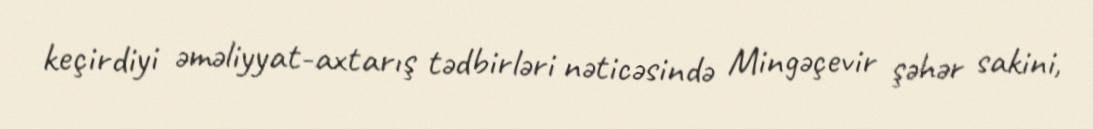
keçirdiyi əməliyyat-axtarış tədbirləri nəticəsində Mingəçevir şəhər sakini,